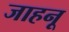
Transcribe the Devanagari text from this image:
जाहनू